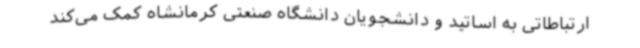
ارتباطاتی به اساتید و دانشجویان دانشگاه صنعتی کرمانشاه کمک می‌کند